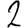
Digit: 2